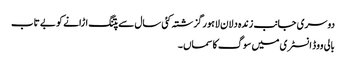
دوسری جانب زندہ دلان لاہور گزشتہ کئی سال سے پتنگ اڑانے کو بے تاب
بالی ووڈ انسٹری میں سوگ کا سماں ۔